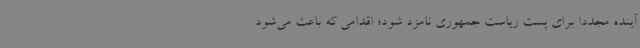
آینده مجددا برای پست ریاست جمهوری نامزد شود؛ اقدامی که باعث می‌شود